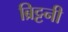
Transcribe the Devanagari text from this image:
ब्रिट्टनी